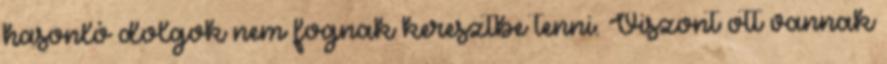
hasonló dolgok nem fognak keresztbe tenni. Viszont ott vannak